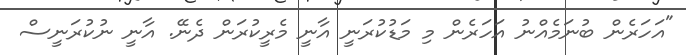
"އަހަރެން ބުނަމެއްނު އަހަރެން މި މަޑުކުރަނީ އާނީ މެރީކުރަން ދެނޭ. އާނީ ނުކުރަނީސް